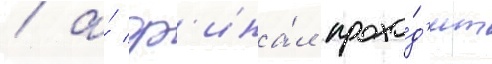
/ а́ ф'ина́л прохо́д'ит